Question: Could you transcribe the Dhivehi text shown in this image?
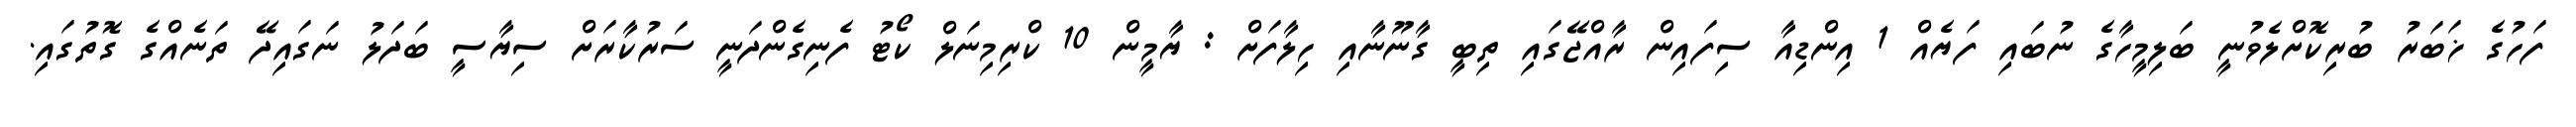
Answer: ފަހުގެ ޚަބަރު ބުރިކޮށްލެވުނީ ބަލިމީހާގެ ނުބައި ފަޔެއް 1 އިންޑިއާ ސިފައިން ރާއްޖޭގައި ތިބީ ގާނޫނާއި ހިލާފަށް : ޔާމީން 10 ކްރިމިނަލް ކޯޓު ފެނިގެންދަނީ ސަރުކާރަށް ސިޔާސީ ބަދަލު ނަގައިދޭ ތަނެއްގެ ގޮތުގައި.